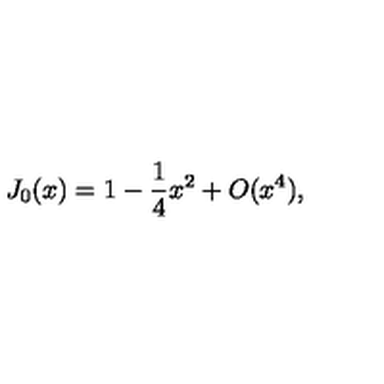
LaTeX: J _ { 0 } ( x ) = 1 - \frac { 1 } { 4 } x ^ { 2 } + O ( x ^ { 4 } ) ,